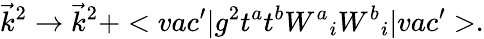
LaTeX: \vec{k}^{2}\rightarrow\vec{k}^{2}+<vac^{\prime}|g^{2}t^{a}t^{b}{W^{a}}_{i}{W^{b}}_{i}|vac^{\prime}>.